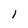
Character: 1